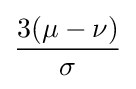
{\frac {3(\mu -\nu )}{\sigma }}